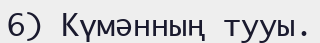
6) Күмәнның тууы.